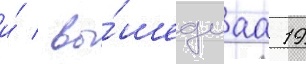
и́ / вы́шедшаа 19